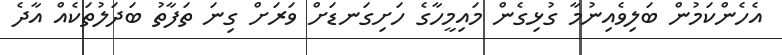
އެހެންކަމުން ބަލިވެއިނުމާ ގުޅިގެން މައިމީހާގެ ހަށިގަނޑަށް ވަރަށް ގިނަ ތަފާތު ބަދަލުތަކެއް އާދެ